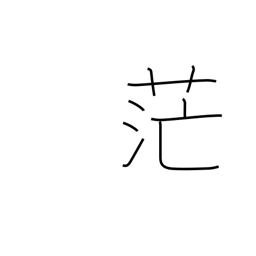
Meaning: extensive